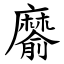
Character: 䵉